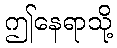
ဤနေရာသို့